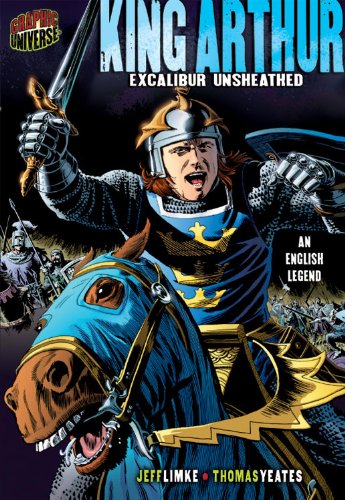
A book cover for King Arthur: Excalibur Unsheathed: An English Legend (Graphic Myths & Legends); Jeff Limke; Children's Books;